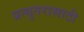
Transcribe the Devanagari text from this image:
प्रत्युतरासाठी